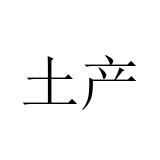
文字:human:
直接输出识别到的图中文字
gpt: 土产